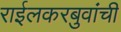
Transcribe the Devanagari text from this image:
राईलकरबुवांची